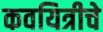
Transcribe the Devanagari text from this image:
कवयित्रीचे